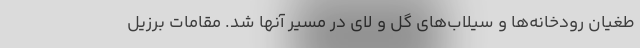
طغیان رودخانه‌ها و سیلاب‌های گل و لای در مسیر آنها شد. مقامات برزیل